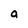
Character: a